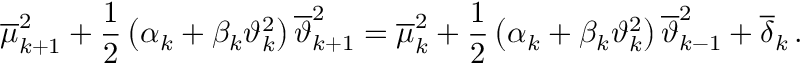
{ \overline { { \mu } } } _ { k + 1 } ^ { 2 } + \frac { 1 } { 2 } \left( { \alpha } _ { k } + { \beta } _ { k } { \vartheta } _ { k } ^ { 2 } \right) { \overline { { \vartheta } } } _ { k + 1 } ^ { 2 } = { \overline { { \mu } } } _ { k } ^ { 2 } + \frac { 1 } { 2 } \left( { \alpha } _ { k } + { \beta } _ { k } { \vartheta } _ { k } ^ { 2 } \right) { \overline { { \vartheta } } } _ { k - 1 } ^ { 2 } + { \overline { { \delta } } } _ { k } \, .